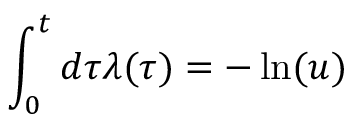
\int _ { 0 } ^ { t } d \tau \lambda ( \tau ) = - \ln ( u )